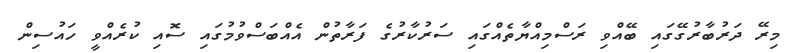
މިރޭ ދަރުބާރުގޭގައި ބޭއްވި ރަސްމިއްޔާތެއްގައި ސަރުކާރުގެ ފަރާތުން އެއްބަސްވުމުގައި ސޮއި ކުރެއްވީ ހައުސިން